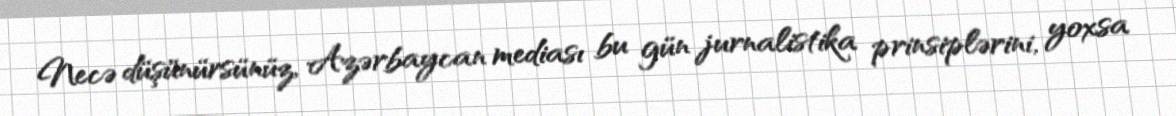
Necə düşünürsünüz, Azərbaycan mediası bu gün jurnalistika prinsiplərini, yoxsa